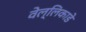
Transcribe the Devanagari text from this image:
वेल्लिकाडे